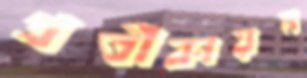
প্রতীকায়ন